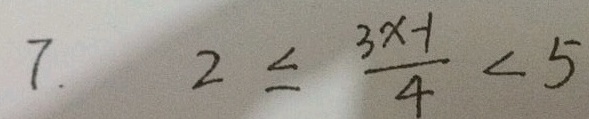
7 . 2 \leq \frac { 3 x - 1 } { 4 } < 5